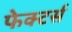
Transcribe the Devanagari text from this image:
फेक्टर्स